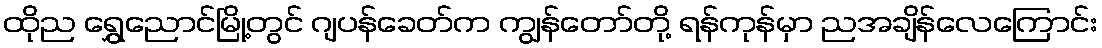
ထိုည ရွှေညောင်မြို့တွင် ဂျပန်ခေတ်က ကျွန်တော်တို့ ရန်ကုန်မှာ ညအချိန်လေကြောင်း